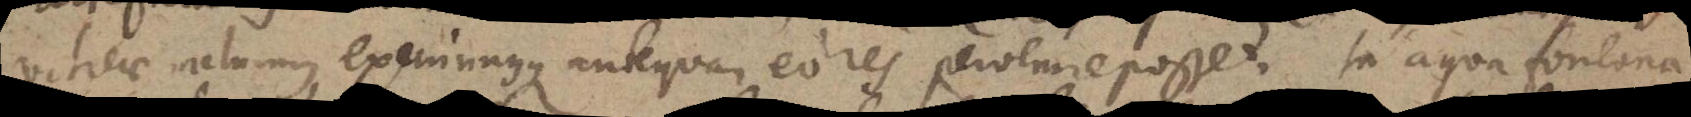
vitreae metuimus, exeruimusque antequam eo res pervenire posset. In aqua fontana